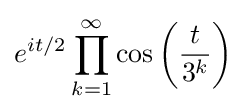
e^{it/2}\prod _{k=1}^{\infty }\cos \left({\frac {t}{3^{k}}}\right)